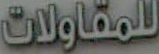
للمقاولات